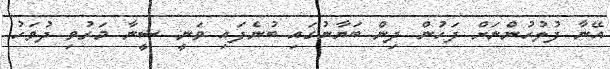
އޭނާ ފުލުހުންނަށް ފަހުން ދިން ބަޔާނުގައި ބުނެފައި ވަނީ ޝީނާ މަރުވި ދުވަހު